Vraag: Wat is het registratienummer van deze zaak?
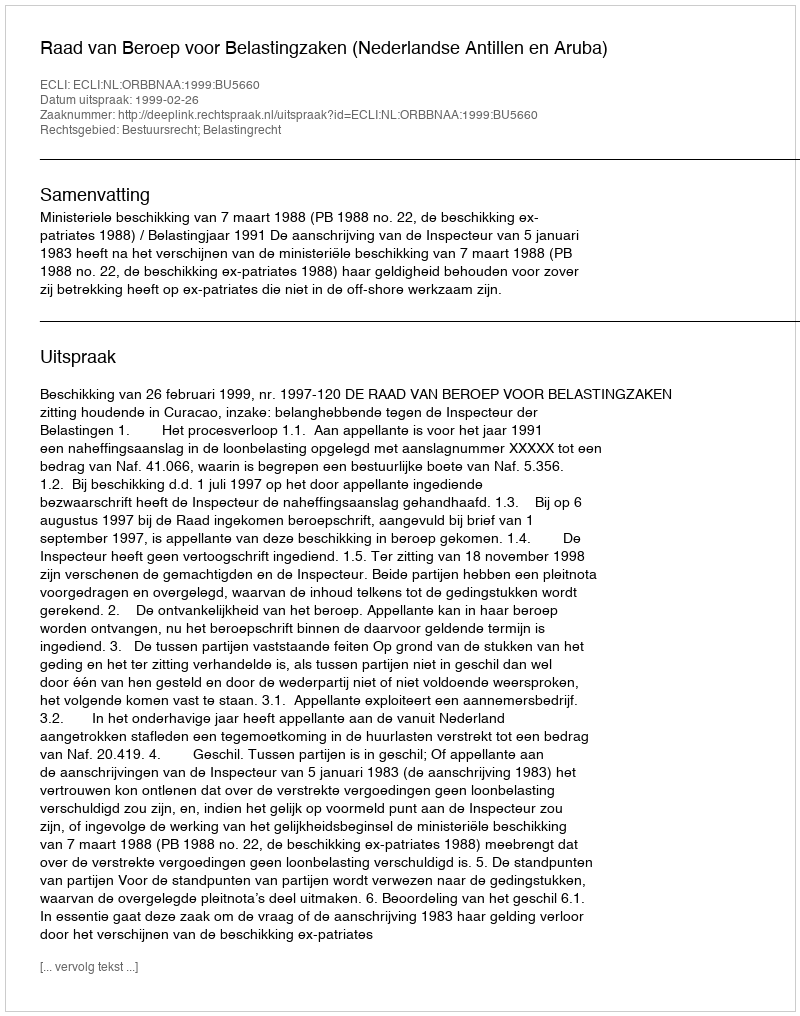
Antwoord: http://deeplink.rechtspraak.nl/uitspraak?id=ECLI:NL:ORBBNAA:1999:BU5660